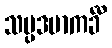
သမ္ပဒမာကင်္ခီ